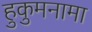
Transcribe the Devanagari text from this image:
हुकुमनामा